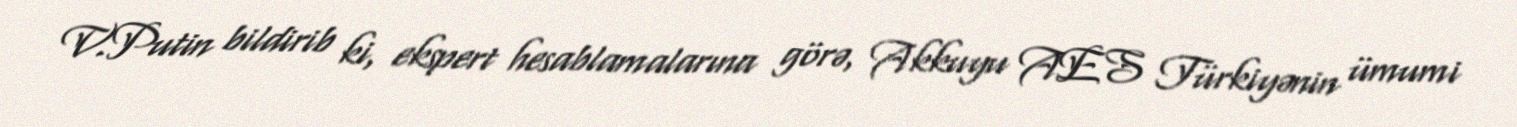
V.Putin bildirib ki, ekspert hesablamalarına görə, Akkuyu AES Türkiyənin ümumi